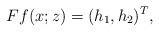
LaTeX: \begin{align*}Ff(x;z)=(h_{1},h_{2})^T,\end{align*}